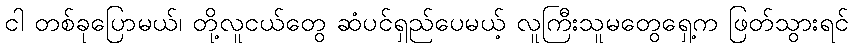
ငါ တစ်ခုပြောမယ်၊ တို့လူငယ်တွေ ဆံပင်ရှည်ပေမယ့် လူကြီးသူမတွေရှေ့က ဖြတ်သွားရင်